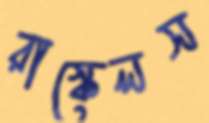
রাস্কেলস